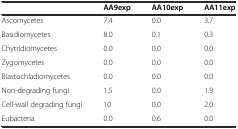
<table><thead><tr><td>[EMPTY_CELL]</td><td><b>AA9exp</b></td><td><b>AA10exp</b></td><td><b>AA11exp</b></td></tr></thead><tbody><tr><td>Ascomycetes</td><td>7.4</td><td>0.0</td><td>3.7</td></tr><tr><td>Basidiomycetes</td><td>8.0</td><td>0.1</td><td>0.3</td></tr><tr><td>Chytridiomycetes</td><td>0.0</td><td>0.0</td><td>0.0</td></tr><tr><td>Zygomycetes</td><td>0.0</td><td>0.0</td><td>0.0</td></tr><tr><td>Blastochladiomycetes</td><td>0.0</td><td>0.0</td><td>0.0</td></tr><tr><td>Non-degrading fungi</td><td>1.5</td><td>0.0</td><td>1.9</td></tr><tr><td>Cell-wall degrading fungi</td><td>10</td><td>0.0</td><td>2.0</td></tr><tr><td>Eubacteria</td><td>0.0</td><td>0.6</td><td>0.0</td></tr></tbody></table>